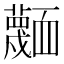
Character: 𮓅